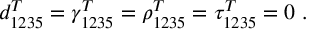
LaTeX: d _ { 1 2 3 5 } ^ { T } = \gamma _ { 1 2 3 5 } ^ { T } = \rho _ { 1 2 3 5 } ^ { T } = \tau _ { 1 2 3 5 } ^ { T } = 0 \ .